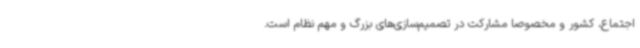
اجتماع، کشور و مخصوصاً مشارکت در تصمیم‌سازی‌های بزرگ و مهم نظام است.